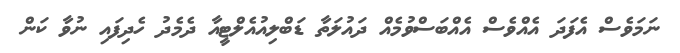
ނަމަވެސް އެފަދަ އެއްވެސް އެއްބަސްވުމެއް ދައުލަތާ ޑަބްލިއުއެލްޓީއާ ދެމެދު ހެދިފައި ނުވާ ކަން